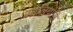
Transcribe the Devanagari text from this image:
सालिग्रामि